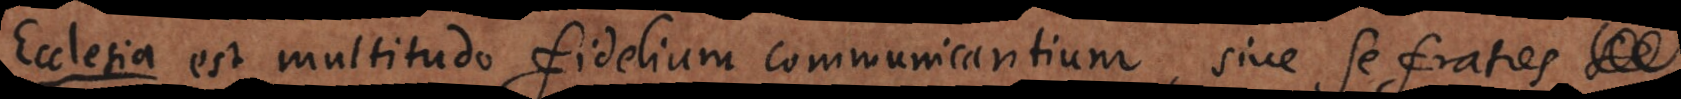
a est multitudo fidelium communicantium, sive se fratres